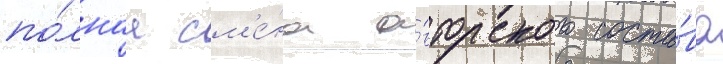
по́лнаа см'е́на а́вторского соста́ва